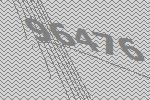
96476